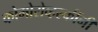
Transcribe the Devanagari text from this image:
कोमोरोव्हस्कींनी